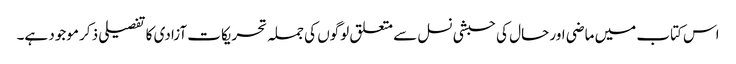
اس کتاب میں ماضی اور حال کی حبشی نسل سے متعلق لوگوں کی جملہ تحریکات آزادی کا تفصیلی ذکر موجود ہے۔